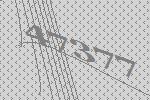
47377